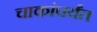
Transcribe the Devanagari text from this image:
चाकांपर्यंत